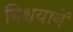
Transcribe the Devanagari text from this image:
निश्चयानें